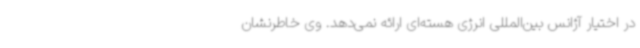
در اختیار آژانس بین‌المللی انرژی هسته‌ای ارائه نمی‌دهد. وی خاطرنشان